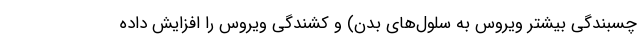
چسبندگی بیشتر ویروس به سلول‌های بدن) و کشندگی ویروس را افزایش داده